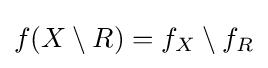
f(X\setminus R)=f_{X}\setminus f_{R}